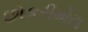
છોકરીમોટા